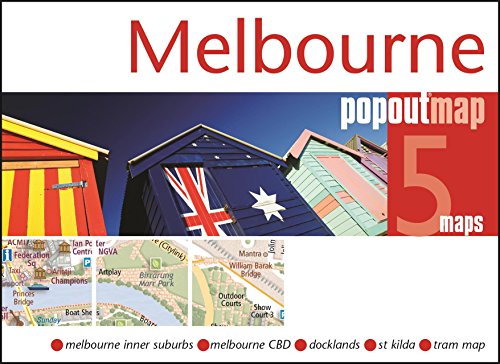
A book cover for Melbourne PopOut Map (PopOut Maps); Travel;